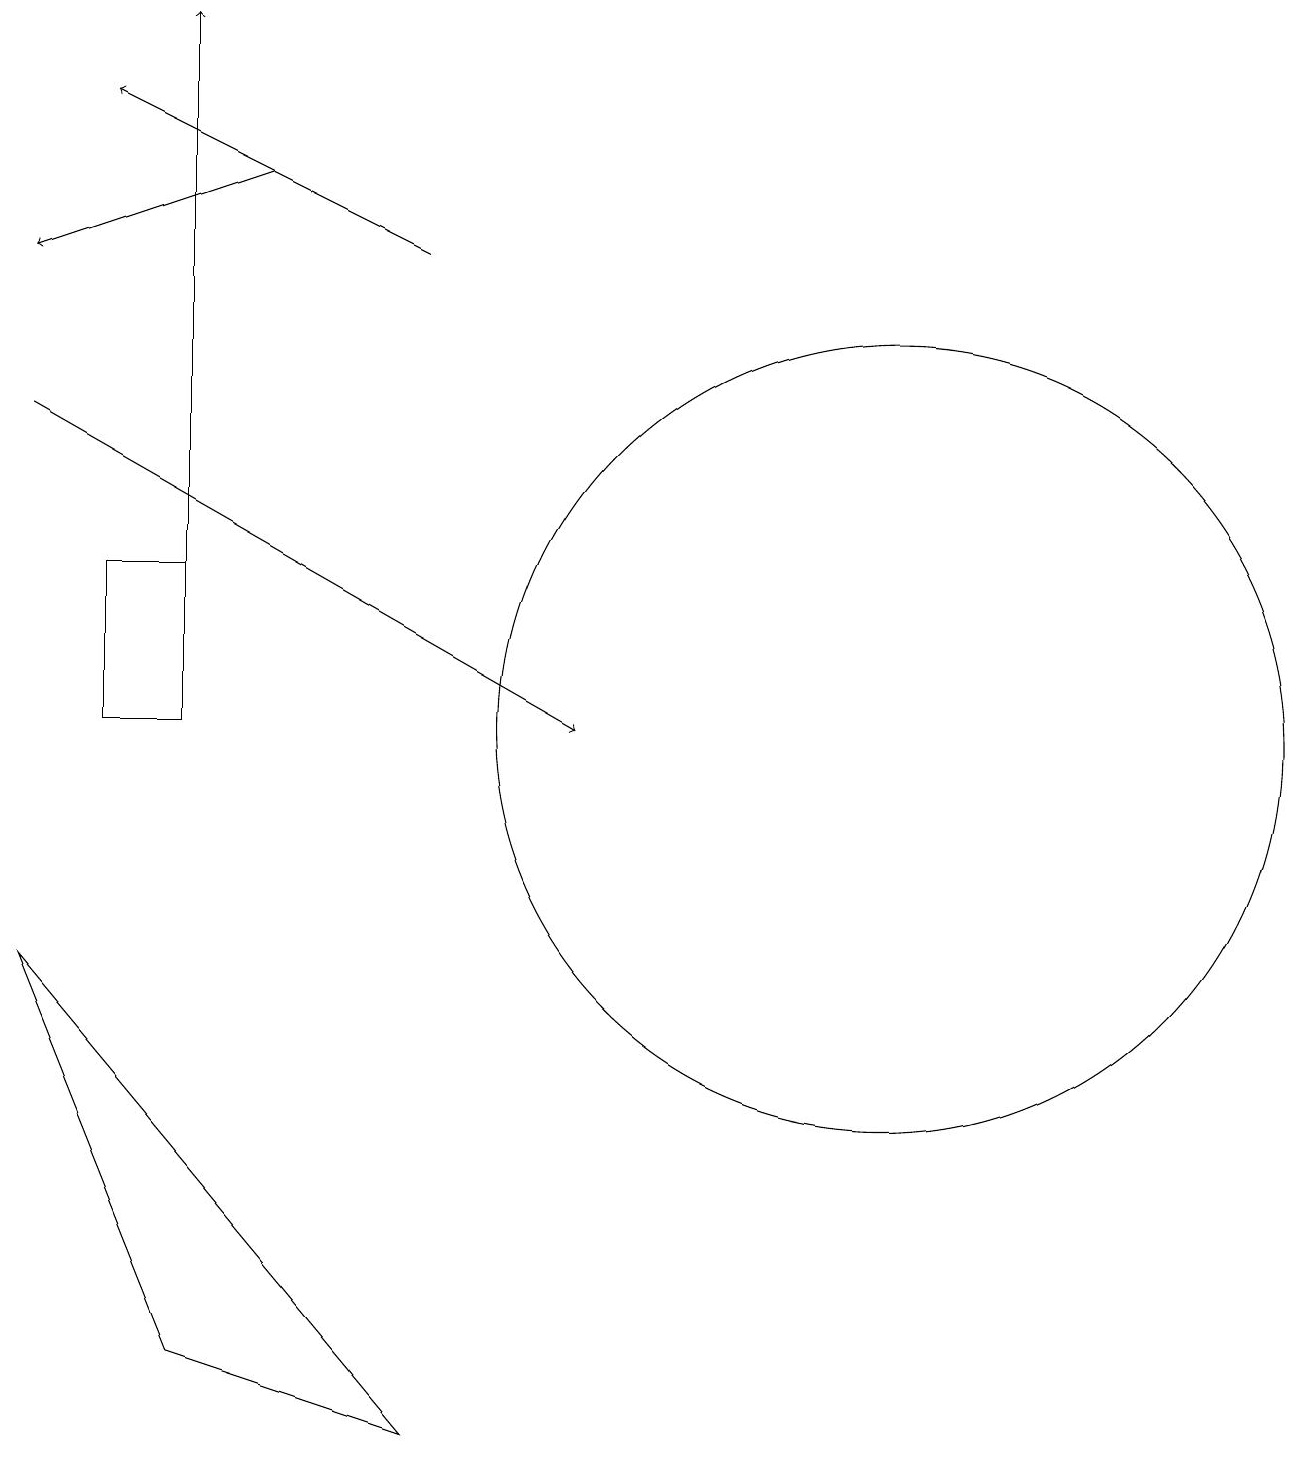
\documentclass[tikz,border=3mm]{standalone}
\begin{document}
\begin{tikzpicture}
\draw[->] (5,16) -- (1,18);
\draw[->] (0,14) -- (7,10);
\draw (11,10) circle (5);
\draw (2,10) rectangle (1,12);
\draw[->] (2,11) -- (2,19);
\draw[->] (3,17) -- (0,16);
\draw (0,7) -- (2,2) -- (5,1) -- cycle;
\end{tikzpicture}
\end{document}